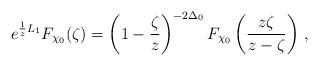
\begin{align*}e^{{1\over z}L_1}F_{\chi_0}(\zeta)=\left(1-{\zeta\over z}\right)^{-2\Delta_0}F_{\chi_0}\left({z\zeta\over{z-\zeta}}\right)\,,\end{align*}